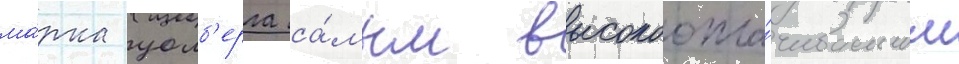
ма́рка уолб'ерга са́мым высокоопла́чиваемым